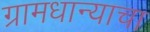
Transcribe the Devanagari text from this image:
ग्रामधान्याचा